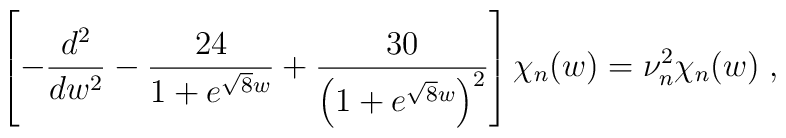
\left[-\frac{d^2}{dw^2}-\frac{24}{1+e^{\sqrt{8}w}}+\frac{30}{\left(1+e^{\sqrt{8}w}\right)^2}\right]\chi_n(w)=\nu_n^2 \chi_n(w) \;,